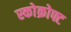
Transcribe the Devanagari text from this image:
स्कोक्रोफ्ट